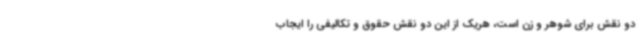
دو نقش برای شوهر و زن است، هریک از این دو نقش حقوق و تکالیفی را ایجاب